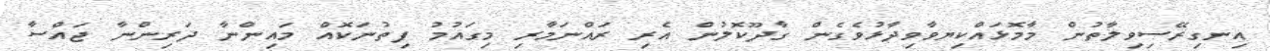
އިނގިރޭސިވިލާތުން މާމޮޅައްކިޔވާވިދާޅުވެގެން ގާދޫކޮލުން އެރި ރައްނަމާރި މިގައުމު ފިތުނަކޮއް މައިންނާ ދަރިންނާ ޖައްސާ